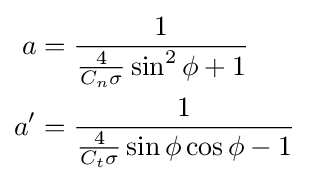
{\begin{aligned}a&={\frac {1}{{\frac {4}{C_{n}\sigma }}\sin ^{2}\phi +1}}\\a'&={\frac {1}{{\frac {4}{C_{t}\sigma }}\sin \phi \cos \phi -1}}\end{aligned}}